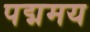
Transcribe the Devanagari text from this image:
पद्ममय